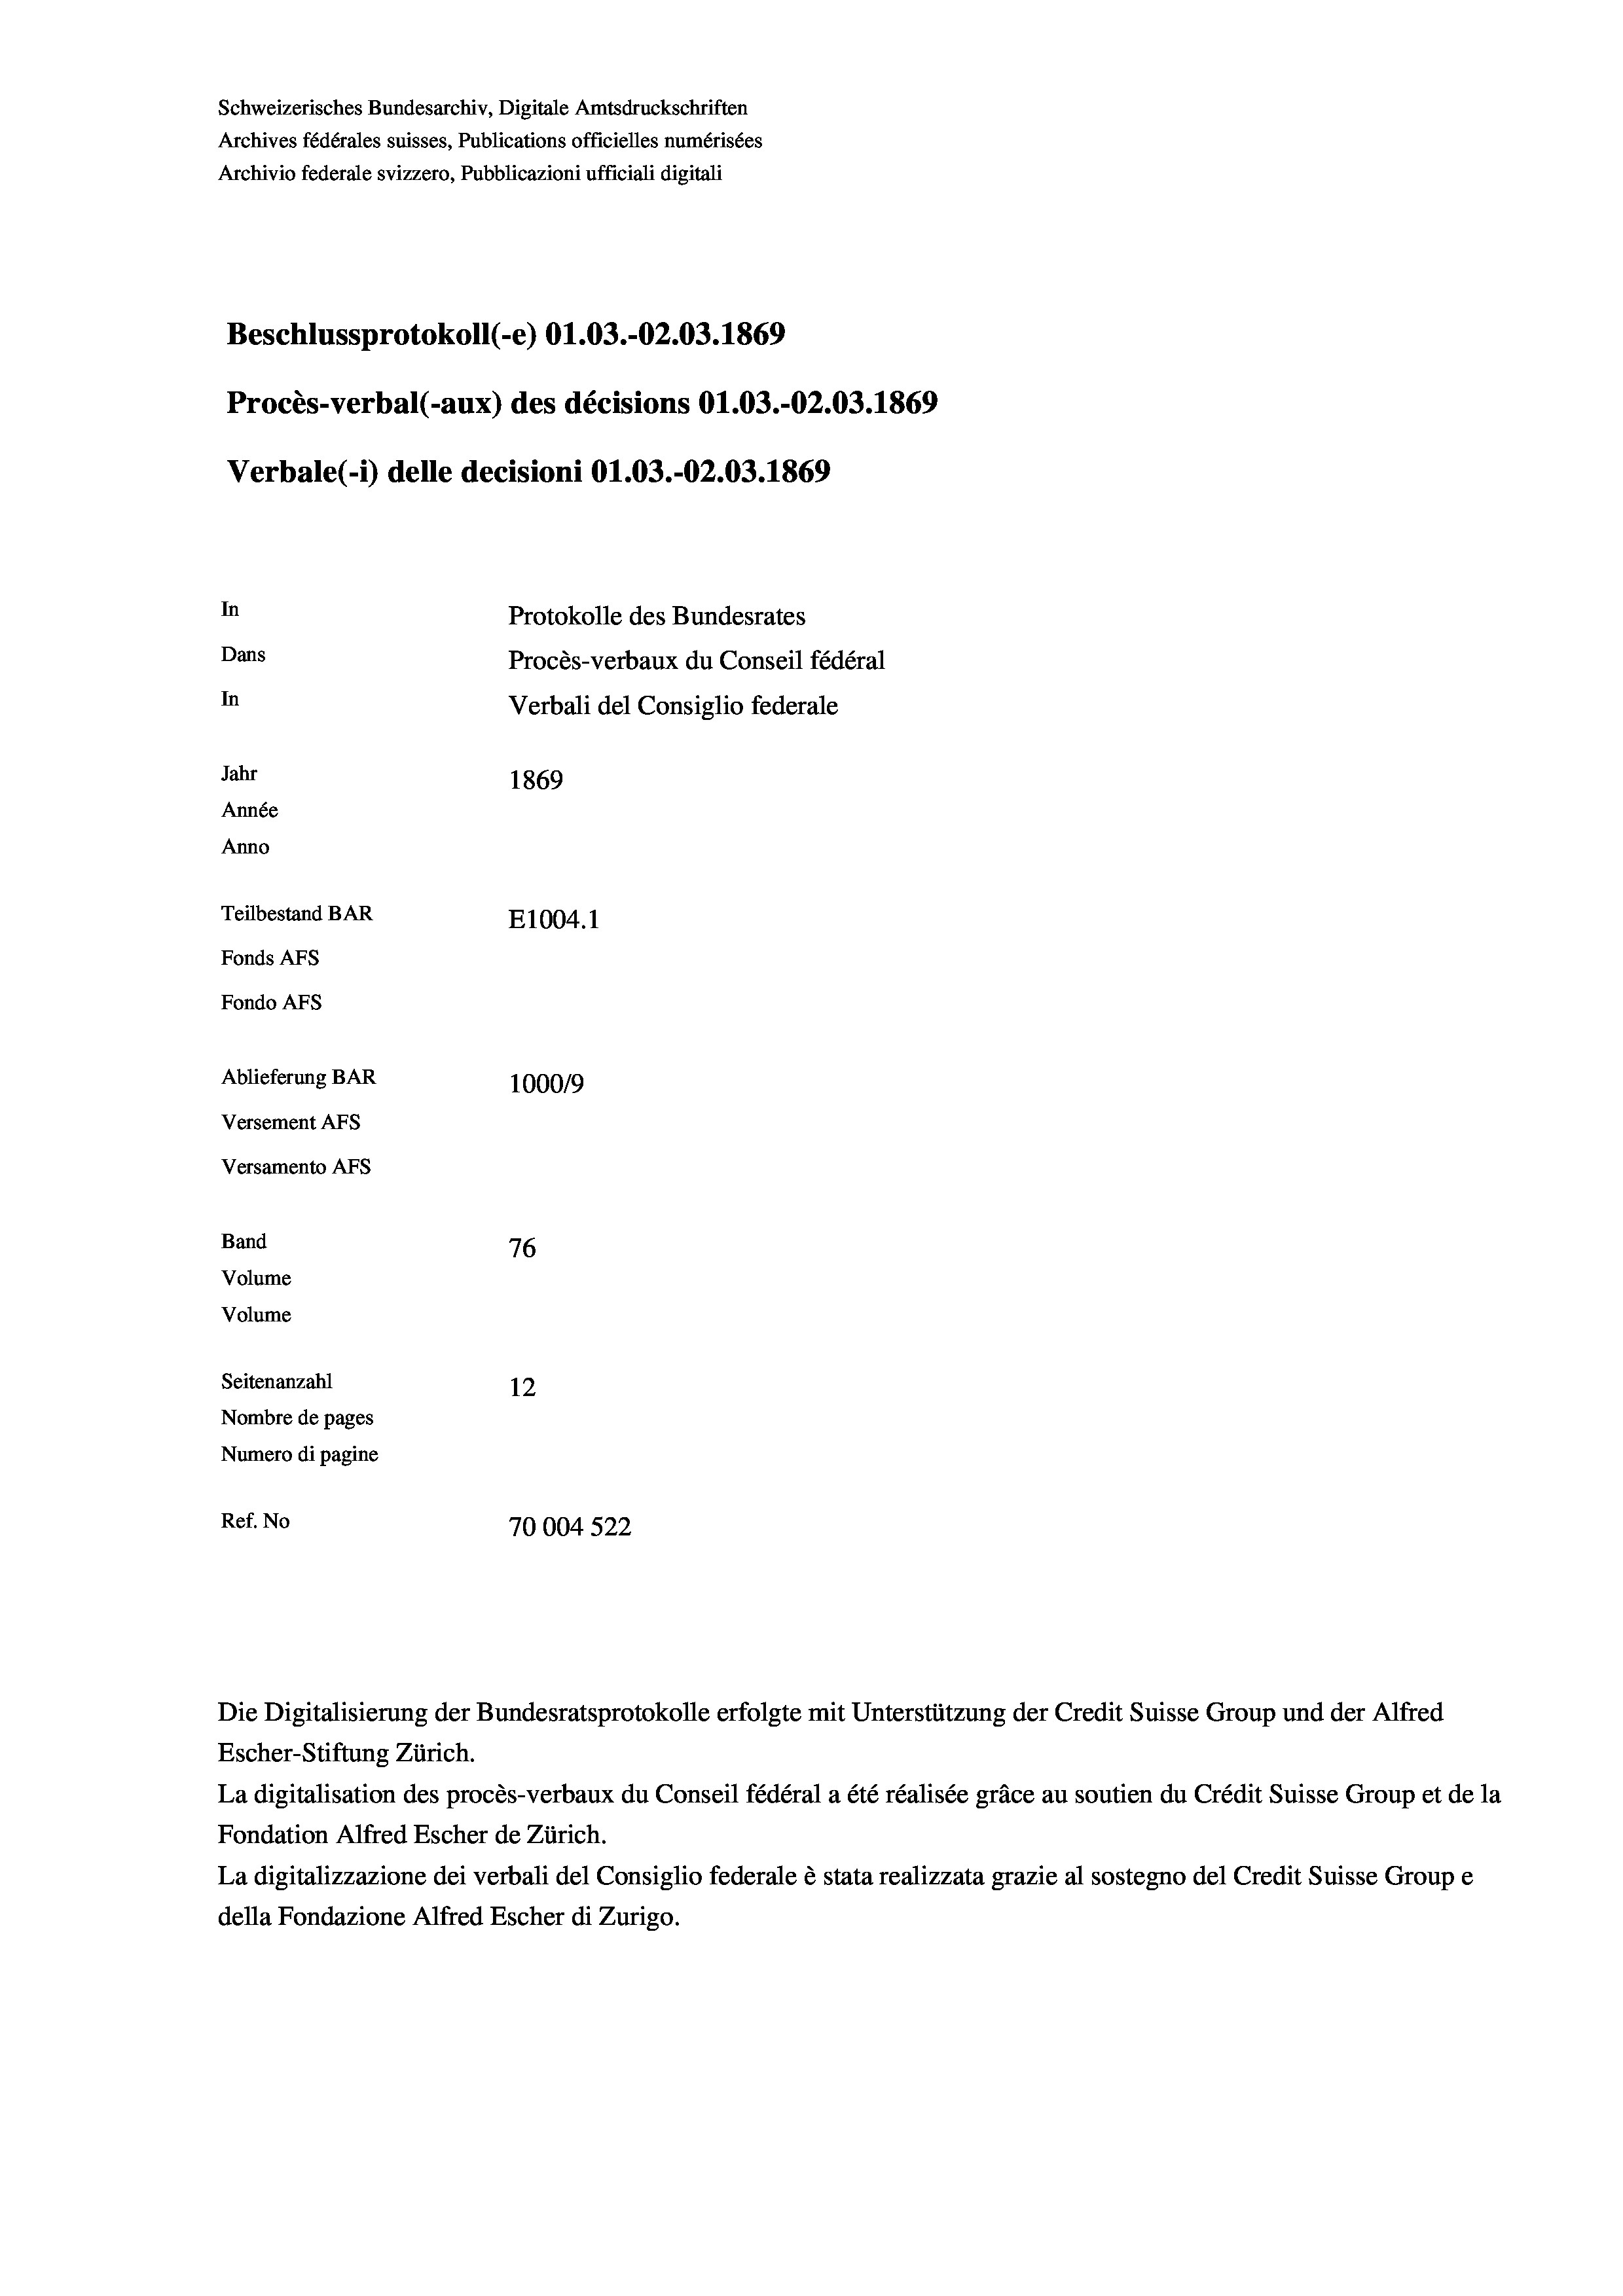
Schweizerisches Bundesarchiv, Digitale Amtsdruckschriften
Archives fédérales suisses, Publications officielles numérisées
Archivio federale svizzero, Pubblicazioni ufficiali digitali
Beschlussprotokoll (-e) O1.03.-02.03. 1869
Procès-verbal (-aux) des décisions O1.03.-O2.03. 1869
Verbale(*) delle decisioni Ol.03.-O2.03. 1869
In
Protokolle des Bundesrates
Dans
Procès-verbaux du Conseil fédéral
In
Verbali del Consiglio federale
Jahr
1869
Année
Anno
Teilbestand BAR
E1004. 1
Fonds AFs
Fondo AFs
Ablieferung BAR
100019
Versement AFs
Versamento Afs
Band
76
Volume
Volume
Seitenanzahl
12
Nombre de pages
Numero di pagine
Ref. No
70004 522

Escher-Stiftung Zürich.
La digitalisation des procès-verbaux du Conseil fédéral a été réalisée gräce au soutien du Crédit Suisse Group et de la
Fondation Alfred Escher de Zürich.
La digitalizzazione dei verbali del Consiglio federale è stata realizzata grazie al sostegno del Credit Suisse Groupe
della Fondazione Alfred Escher di Zurigo.

Die Digitalisierung der Bundesratsprotokolle erfolgte mit Unterstützung der Credit Suisse Group und der Alfred